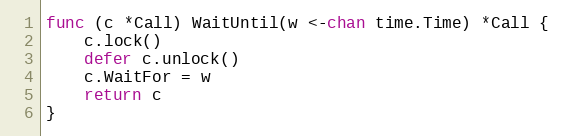
Language: Go
func (c *Call) WaitUntil(w <-chan time.Time) *Call {
	c.lock()
	defer c.unlock()
	c.WaitFor = w
	return c
}